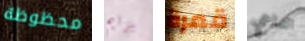
محظوظة برايم قمرة الداعي